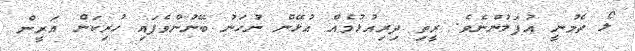
ލޯ ތެމުނީ އުފަލުންނެވެ. ރީތި ދިރިއުޅުމެއް އުޅޭން ނުހަނު ބޭނުންވެފައި ހުރިކަން އަރީން